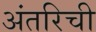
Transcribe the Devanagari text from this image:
अंतरिची